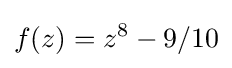
f(z)=z^{8}-9/10